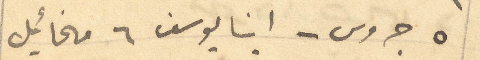
5 جروس - ابنا يوسف 6 مخائيل